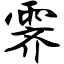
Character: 霁